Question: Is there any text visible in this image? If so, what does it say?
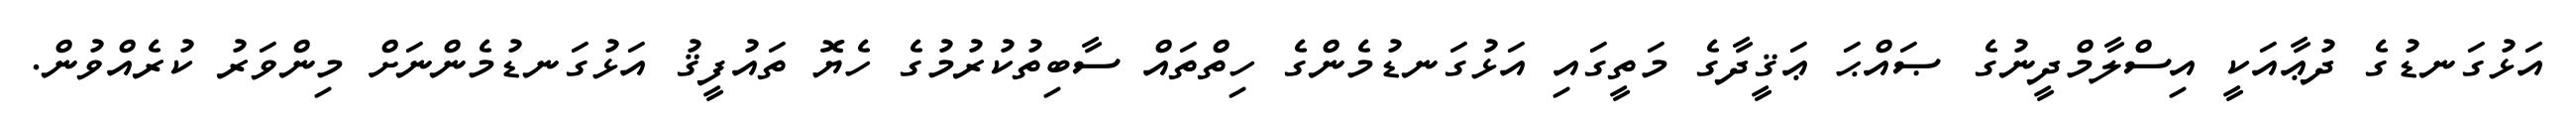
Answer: އަޅުގަނޑުގެ ދުޢާއަކީ އިސްލާމްދީނުގެ ޞައްޙަ ޢަޤީދާގެ މަތީގައި އަޅުގަނޑުމެންގެ ހިތްތައް ސާބިތުކުރުމުގެ ހެޔޮ ތައުފީޤު އަޅުގަނޑުމެންނަށް މިންވަރު ކުރެއްވުން.